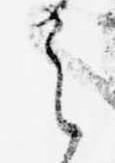
之